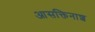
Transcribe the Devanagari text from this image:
आसक्तिनाश